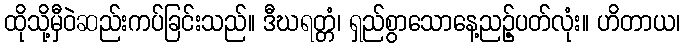
ထိုသို့မှီဝဲဆည်းကပ်ခြင်းသည်။ ဒီဃရတ္တံ၊ ရှည်စွာသောနေ့ညဉ့်ပတ်လုံး။ ဟိတာယ၊